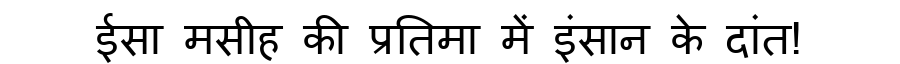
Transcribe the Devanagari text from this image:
ईसा मसीह की प्रतिमा में इंसान के दांत!